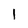
Character: 1